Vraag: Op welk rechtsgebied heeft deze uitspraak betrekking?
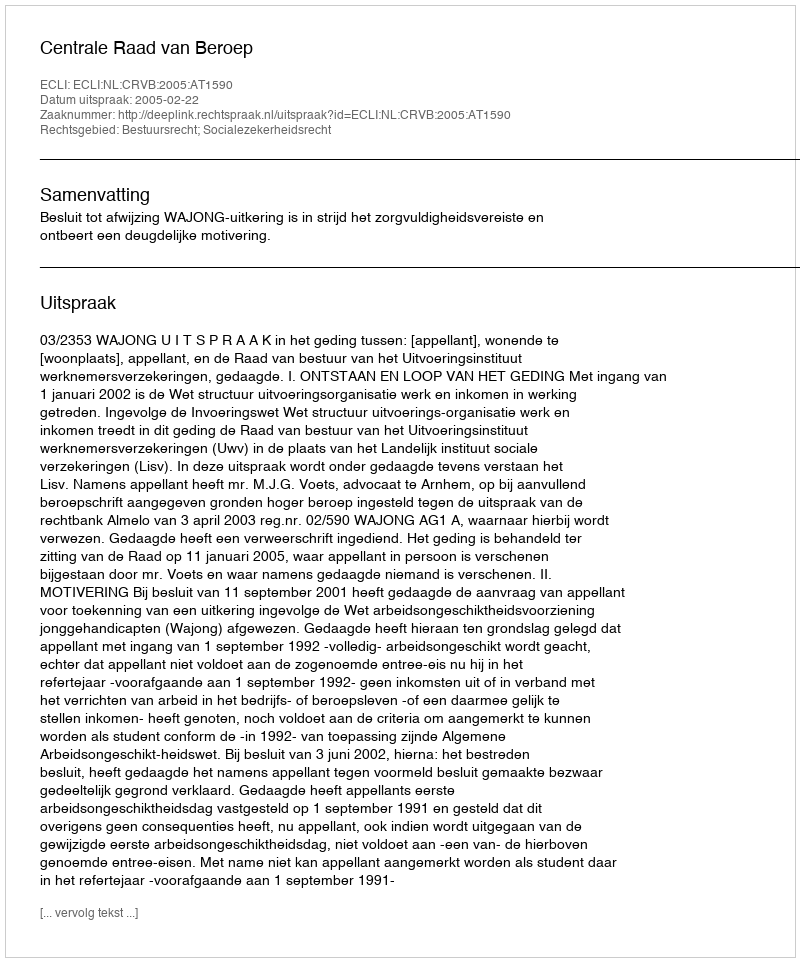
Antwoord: Bestuursrecht; Socialezekerheidsrecht